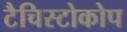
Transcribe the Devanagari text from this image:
टैचिस्टोकोप